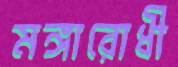
মঙ্গারোধী